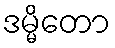
ဒမ္မိတော